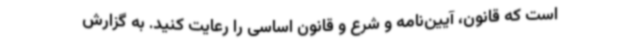
است که قانون، آیین‌نامه و شرع و قانون اساسی را رعایت کنید. به گزارش